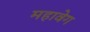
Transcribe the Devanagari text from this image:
महावेग